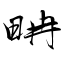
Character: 畘